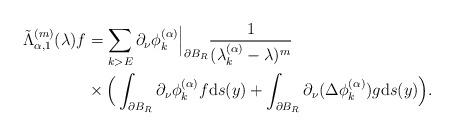
LaTeX: \begin{align*}\tilde{\Lambda}^{(m)}_{\alpha, 1}(\lambda)f&= \sum_{k>E} \partial_\nu\phi^{(\alpha)}_k\Big\vert_{\partial B_R} \frac{1}{(\lambda^{(\alpha)}_k - \lambda)^m} \\&\times\Big(\int_{\partial B_R} \partial_\nu\phi^{(\alpha)}_kf{\rm d}s(y) + \int_{\partial B_R} \partial_\nu(\Delta\phi^{(\alpha)}_k)g{\rm d}s(y)\Big).\end{align*}